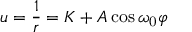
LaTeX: u = { \frac { 1 } { r } } = K + A \cos \omega _ { \mathrm { 0 } } \varphi